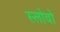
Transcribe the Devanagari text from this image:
स्लोवो